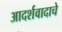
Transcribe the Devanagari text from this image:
आदर्शवादाचे